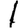
Digit: 1